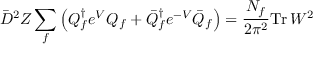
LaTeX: \bar { D } ^ { 2 } Z \sum _ { f } \left( { Q } _ { f } ^ { \dagger } e ^ { V } { Q } _ { f } + \bar { Q } _ { f } ^ { \dagger } e ^ { - V } \bar { Q } _ { f } \right) = \frac { N _ { f } } { 2 \pi ^ { 2 } } \mathrm { T r } \, W ^ { 2 }